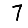
Digit: 7